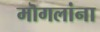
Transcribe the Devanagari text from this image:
मॊगलांना